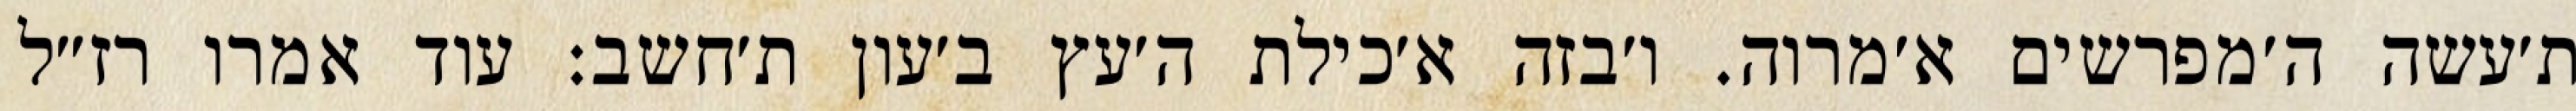
ת׳עשה ה׳מפרשים א׳מרוה. ו׳בזה א׳כילת ה׳עץ ב׳עון ת׳חשב: עוד אמרו רז״ל